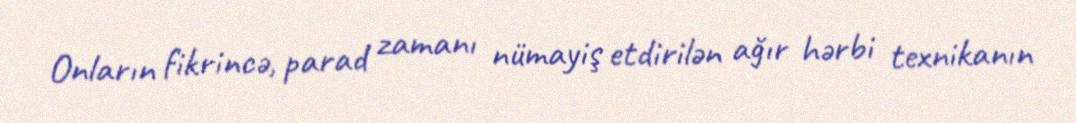
Onların fikrincə, parad zamanı nümayiş etdirilən ağır hərbi texnikanın